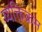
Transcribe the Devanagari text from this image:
व्यक्तिक्रम